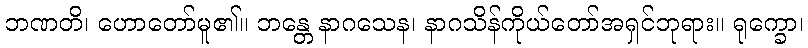
ဘဏတိ၊ ဟောတော်မူ၏။ ဘန္တေ နာဂသေန၊ နာဂသိန်ကိုယ်တော်အရှင်ဘုရား။ ရုက္ခော၊